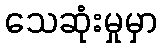
သေဆုံးမှုမှာ